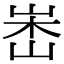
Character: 𡷼